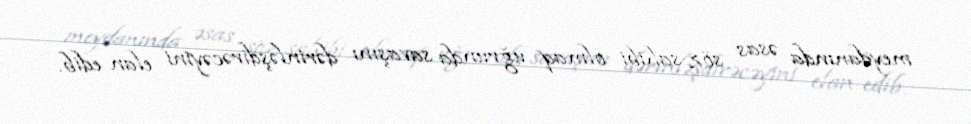
meydanında əsas söz sahibi olmaq uğrunda savaşını dərinləşdirəcəyini elan edib.